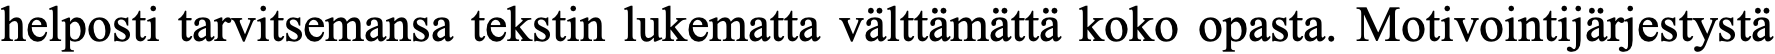
helposti tarvitsemansa tekstin lukematta välttämättä koko opasta. Motivointijärjestystä